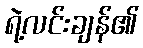
ရဲ့လင်းချန်၏